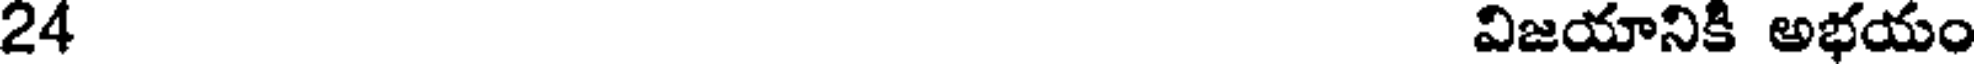
24 విజయానికి అభయం